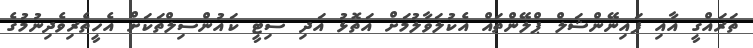
ތަރައްގީ އާއި ފައިނޭންޝަލް ޕްލޭންތައް އެކުލަވާލުމަށް އަތޮޅު އަދި ސިޓީ ކައުންސިލްތަކަށް އެހީތެރިވެދިނުމުގެ